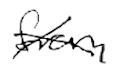
Text: from
Cross-out: cross
Writing tool: digital_black